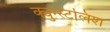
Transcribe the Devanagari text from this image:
क्युन्स्टलिश